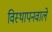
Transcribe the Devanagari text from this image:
विस्थापनवाले